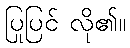
ပြုပြင် လို၏။